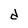
Character: d